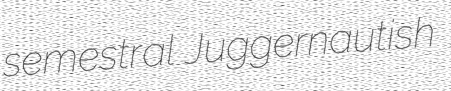
semestral Juggernautish